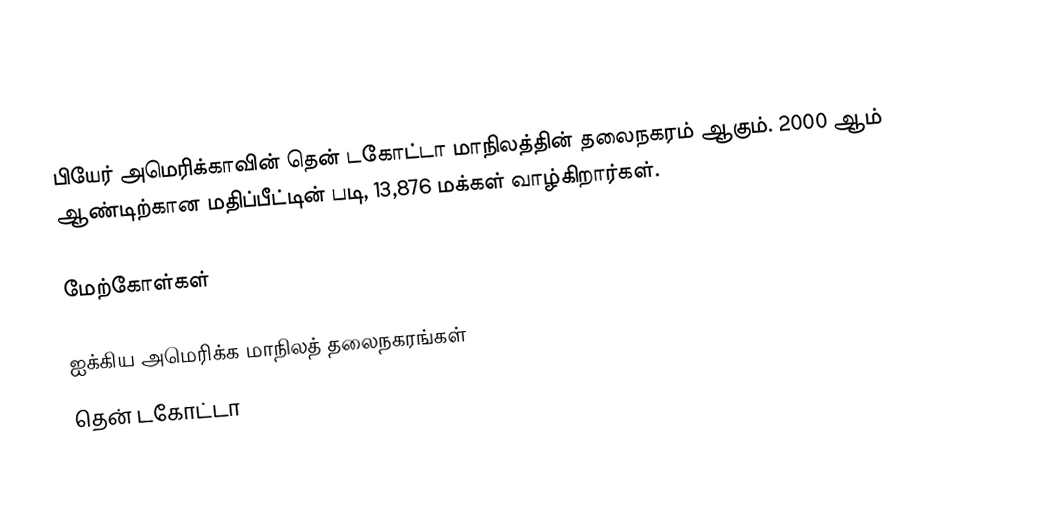
பியேர் அமெரிக்காவின் தென் டகோட்டா மாநிலத்தின் தலைநகரம் ஆகும். 2000 ஆம் ஆண்டிற்கான மதிப்பீட்டின் படி, 13,876 மக்கள் வாழ்கிறார்கள்.

மேற்கோள்கள்

ஐக்கிய அமெரிக்க மாநிலத் தலைநகரங்கள்
தென் டகோட்டா